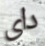
داي